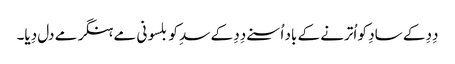
دِدِ کے سادِ کو اُترنے کے باد اُسنے دِدِ کے سدِ کو بلسونی مے ہنگر مے دل دِیا۔